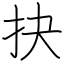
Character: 抉